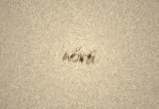
növü.